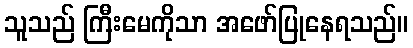
သူသည် ကြီးမေကိုသာ အဖော်ပြုနေရသည်။